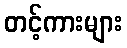
တင့်ကားများ